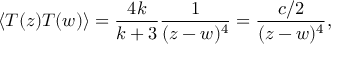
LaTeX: \langle T ( z ) T ( w ) \rangle = \frac { 4 k } { k + 3 } \frac { 1 } { ( z - w ) ^ { 4 } } = \frac { c / 2 } { ( z - w ) ^ { 4 } } ,